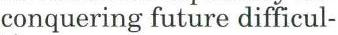
conquering future difficul-